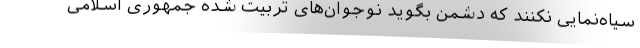
سیاه‌نمایی نکنند که دشمن بگوید نوجوان‌های تربیت شده جمهوری اسلامی